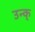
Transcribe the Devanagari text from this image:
उन्क्